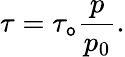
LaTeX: \tau=\tau_{\mathtt{o}}{\frac{{p}}{{p_{0}}}}.